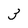
Character: 3